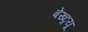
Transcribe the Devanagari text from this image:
बेख्ट्रयू